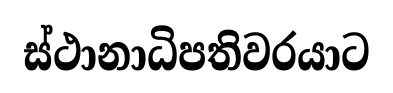
ස්ථානාධිපතිවරයාට